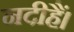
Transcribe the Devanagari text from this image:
नदीहैं।